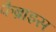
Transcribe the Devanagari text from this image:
फैब्राइस